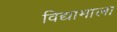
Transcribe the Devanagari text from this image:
विद्यामाला